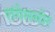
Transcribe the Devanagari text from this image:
रांगेसमोर